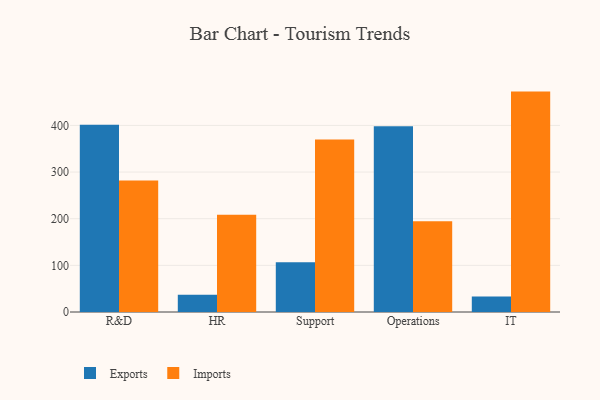
{"axis": {"x": "Department", "y": "Website Visitors"}, "legend": ["Exports", "Imports"], "data": [{"x": "R&D", "y": 401.4, "type": "Exports"}, {"x": "R&D", "y": 282.1, "type": "Imports"}, {"x": "HR", "y": 36.9, "type": "Exports"}, {"x": "HR", "y": 208.4, "type": "Imports"}, {"x": "Support", "y": 106.8, "type": "Exports"}, {"x": "Support", "y": 369.9, "type": "Imports"}, {"x": "Operations", "y": 398.2, "type": "Exports"}, {"x": "Operations", "y": 194.5, "type": "Imports"}, {"x": "IT", "y": 33.3, "type": "Exports"}, {"x": "IT", "y": 472.5, "type": "Imports"}]}